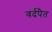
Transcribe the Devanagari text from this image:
वर्दपैत